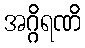
အဂ္ဂိရဏိ